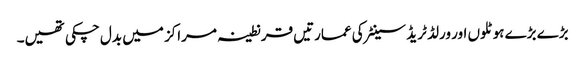
بڑے بڑے ہوٹلوں اور ورلڈ ٹریڈ سینٹر کی عمارتیں قرنطینہ مراکز میں بدل چکی تھیں۔